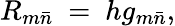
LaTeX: R_{m{\bar{n}}}\ =\ hg_{m{\bar{n}}},